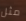
مثل